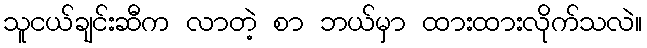
သူငယ်ချင်းဆီက လာတဲ့ စာ ဘယ်မှာ ထားထားလိုက်သလဲ။